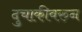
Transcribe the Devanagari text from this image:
दुचाकीवरुन